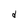
Character: d